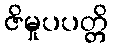
ဇိမှုပပတ္တိ